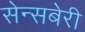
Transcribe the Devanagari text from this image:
सेन्सबेरी